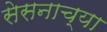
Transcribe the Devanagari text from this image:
सेसनाच्या